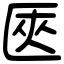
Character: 匧